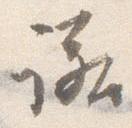
諾